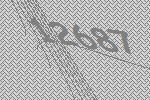
12687